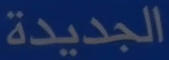
الجديدة